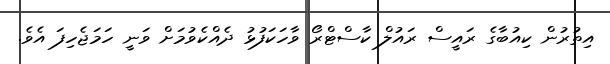
އިތުރުން ކިއުބާގެ ރައީސް ރައުލް ކާސްޓްރޯ ވާހަކަފުޅު ދެއްކެވުމަށް ވަނީ ހަމަޖެހިފަ އެވެ.